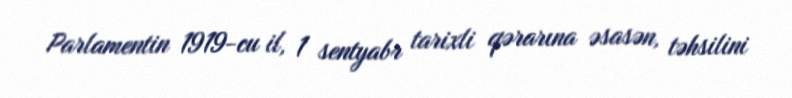
Parlamentin 1919-cu il, 1 sentyabr tarixli qərarına əsasən, təhsilini